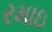
રમાઇ